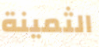
الثمينة